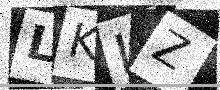
Text: LKIZ